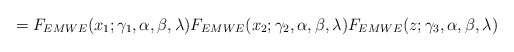
\begin{align*}=F_{EMWE}(x_{1};\gamma _{1},\alpha ,\beta ,\lambda )F_{EMWE}(x_{2};\gamma_{2},\alpha ,\beta ,\lambda )F_{EMWE}(z;\gamma _{3},\alpha ,\beta ,\lambda )\end{align*}